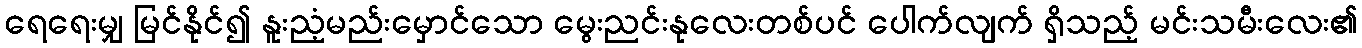
ရေရေးမျှ မြင်နိုင်၍ နူးညံ့မည်းမှောင်သော မွေးညင်းနုလေးတစ်ပင် ပေါက်လျက် ရှိသည့် မင်းသမီးလေး၏